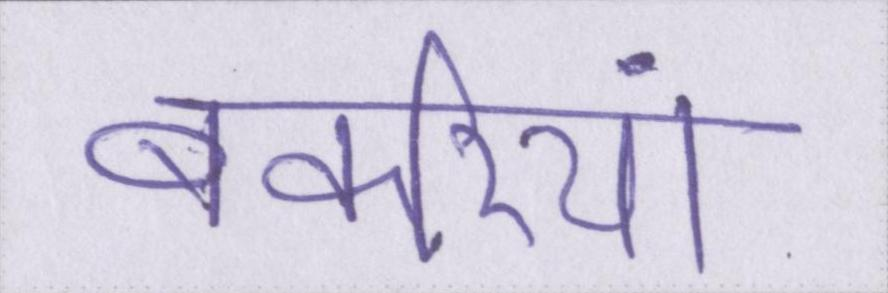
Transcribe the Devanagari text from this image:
बकरियां